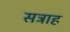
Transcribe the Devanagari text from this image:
सत्राह